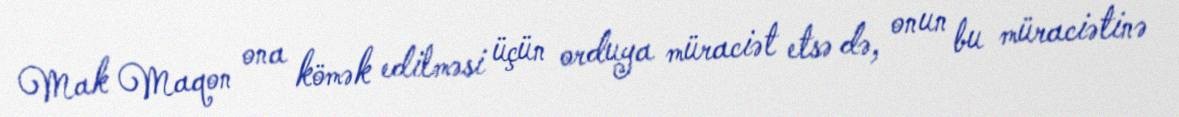
Mak Maqon ona kömək edilməsi üçün orduya müraciət etsə də, onun bu müraciətinə